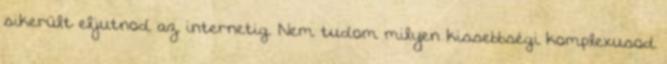
sikerült eljutnod az internetig. Nem tudom milyen kissebbségi komplexusod